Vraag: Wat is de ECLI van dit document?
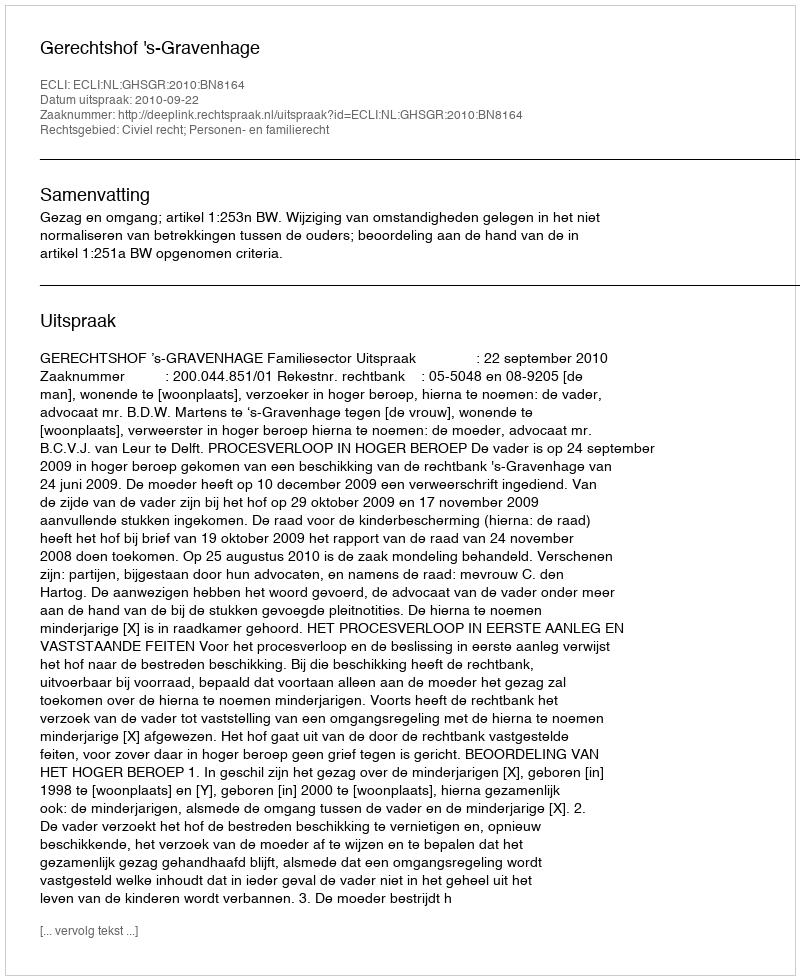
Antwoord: ECLI:NL:GHSGR:2010:BN8164